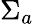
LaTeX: \Sigma_{a}